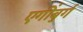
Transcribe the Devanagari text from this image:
एगींबुर्ग